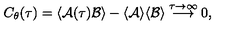
C _ { \theta } ( \tau ) = \langle { \cal A } ( \tau ) { \cal B } \rangle - \langle { \cal A } \rangle \langle { \cal B } \rangle \stackrel { \tau \rightarrow \infty } { \longrightarrow } 0 ,